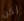
لكن